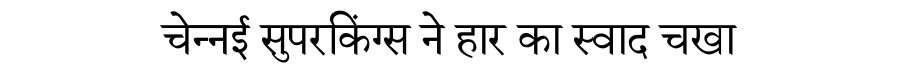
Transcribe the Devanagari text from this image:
चेन्नई सुपरकिंग्स ने हार का स्वाद चखा